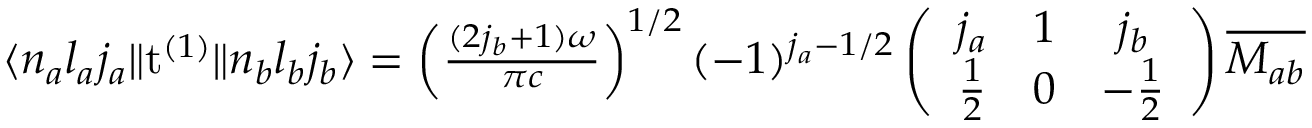
\begin{array} { r } { \langle n _ { a } l _ { a } j _ { a } \| \mathrm { t } ^ { ( 1 ) } \| n _ { b } l _ { b } j _ { b } \rangle = \left( \frac { ( 2 j _ { b } + 1 ) \omega } { \pi c } \right) ^ { 1 / 2 } ( - 1 ) ^ { j _ { a } - 1 / 2 } \left( \begin{array} { c c c } { j _ { a } } & { 1 } & { j _ { b } } \\ { \frac { 1 } { 2 } } & { 0 } & { - \frac { 1 } { 2 } } \end{array} \right) \overline { { M _ { a b } } } } \end{array}